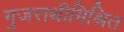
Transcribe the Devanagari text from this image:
गुजराथीमिश्रित